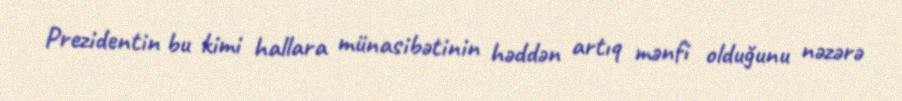
Prezidentin bu kimi hallara münasibətinin həddən artıq mənfi olduğunu nəzərə